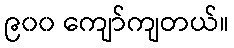
၉၀၀ ကျော်ကျတယ်။